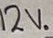
Text: 12V